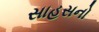
સાહસનો